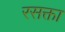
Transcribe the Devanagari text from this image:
रसक्ता